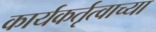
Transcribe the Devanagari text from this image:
कार्यकर्तृत्वाच्या